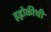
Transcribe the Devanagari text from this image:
इह्लोकीची